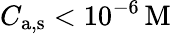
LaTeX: C_{\mathrm{a,s}}<10^{-6}\, \mathrm{M}